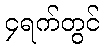
၄ရက်တွင်